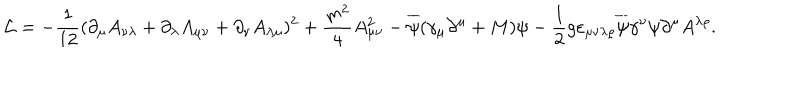
LaTeX: { \cal L } = - \frac { 1 } { 1 2 } ( \partial _ { \mu } A _ { \nu \lambda } + \partial _ { \lambda } A _ { \mu \nu } + \partial _ { \nu } A _ { \lambda \mu } ) ^ { 2 } + \frac { m ^ { 2 } } { 4 } A _ { \mu \nu } ^ { 2 } - \overline { { { \psi } } } ( \gamma _ { \mu } \partial ^ { \mu } + M ) \psi - \frac { 1 } { 2 } g \varepsilon _ { \mu \nu \lambda \varrho } \overline { { { \psi } } } \gamma ^ { \nu } \psi \partial ^ { \mu } A ^ { \lambda \varrho } .